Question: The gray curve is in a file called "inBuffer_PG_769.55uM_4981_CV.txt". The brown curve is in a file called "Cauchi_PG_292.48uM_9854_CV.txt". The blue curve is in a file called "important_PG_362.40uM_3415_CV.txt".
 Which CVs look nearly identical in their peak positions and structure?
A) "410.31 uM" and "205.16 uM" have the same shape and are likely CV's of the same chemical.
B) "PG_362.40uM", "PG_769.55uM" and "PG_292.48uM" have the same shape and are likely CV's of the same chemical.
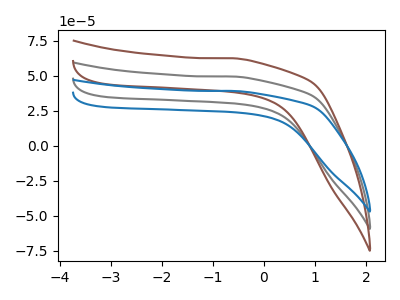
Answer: <think>The gray curve "PG_769.55uM" has no peaks. The brown curve "PG_292.48uM" has no peaks. The blue curve "PG_362.40uM" has no peaks.
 Neither "PG_769.55uM" or "PG_292.48uM" have any peaks. Neither "PG_769.55uM" or "PG_362.40uM" have any peaks. Neither "PG_292.48uM" or "PG_362.40uM" have any peaks.</think>
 <answer>B) "PG_362.40uM", "PG_769.55uM" and "PG_292.48uM" have the same shape and are likely CV's of the same chemical.</answer>
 <eval>B</eval>